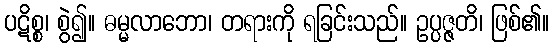
ပဋိစ္စ၊ စွဲ၍။ ဓမ္မလာဘော၊ တရားကို ရခြင်းသည်။ ဥပ္ပဇ္ဇတိ၊ ဖြစ်၏။